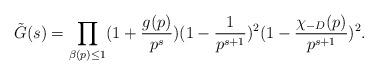
LaTeX: \begin{align*}\tilde{G}(s)= \prod_{\beta(p)\leq 1}(1+\frac{g(p)}{p^s})(1-\frac{1}{p^{s+1}})^2(1-\frac{\chi_{-D}(p)}{p^{s+1}})^2.\end{align*}